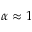
\alpha \approx 1